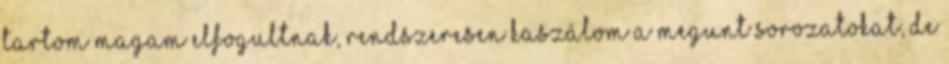
tartom magam elfogultnak, rendszeresen kaszálom a megunt sorozatokat, de